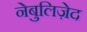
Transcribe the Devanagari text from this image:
नेबुलिज़ेद